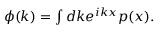
\begin{array} { r } { \phi ( k ) = \int d k e ^ { i k x } p ( x ) . } \end{array}